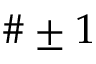
\# \pm 1